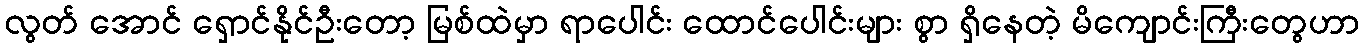
လွတ် အောင် ရှောင်နိုင်ဦးတော့ မြစ်ထဲမှာ ရာပေါင်း ထောင်ပေါင်းများ စွာ ရှိနေတဲ့ မိကျောင်းကြီးတွေဟာ